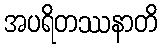
အပရိတဿနာတိ